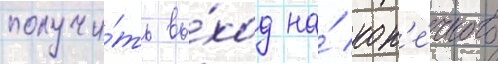
получи́ть вы́ход на́ кон'е́чного